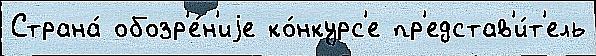
Страна́ обозр'е́н'иjе ко́нкурс'е пр'едстав'и́т'ель